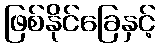
ဖြစ်နိုင်ခြေနှင့်